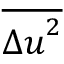
\overline { { { \Delta u } ^ { 2 } } }